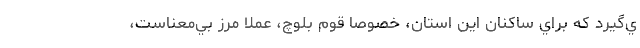
ي‌گيرد كه براي ساكنان اين استان، خصوصا قوم بلوچ، عملا مرز بي‌معناست،